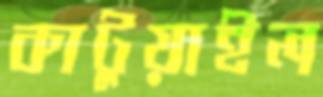
কাটুয়াইল